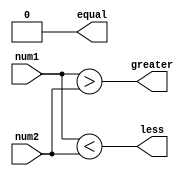
module comparator(
    input [31:0] num1,
    input [31:0] num2,
    output equal,
    output greater,
    output less
);

wire [31:0] equal_bits;
wire [31:0] greater_bits;
wire [31:0] less_bits;

assign equal_bits = (num1 == num2);
assign greater_bits = (num1 > num2);
assign less_bits = (num1 < num2);

assign equal = &equal_bits;
assign greater = |greater_bits;
assign less = |less_bits;

endmodule